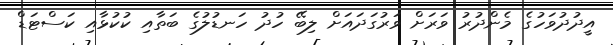
އީދުދުވަހުގެ މެންދުރު ވަރަށް ވަރުގަދައަށް ލިބޭ ހުދު ހަނޑުލުގެ ބަތާއި ކުކުޅާއި ކަސްޓަޑް